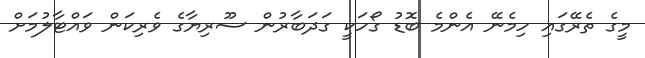
މީގެ ތެރޭގައި ހިމެނޭ އެންމެ ބޮޑު ގޯހަކީ ގަދަބާރުން ސޫރިޔާގެ ވެރިކަން ވައްޓާލުމަށް